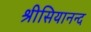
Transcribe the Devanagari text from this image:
श्रीसियानन्द